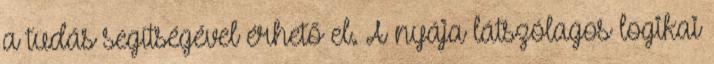
a tudás segítségével érhető el. A nyája látszólagos logikai